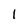
Character: 1